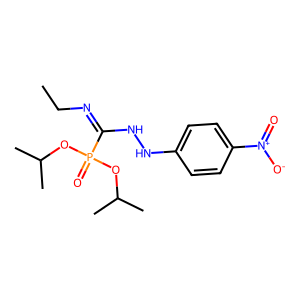
SMILES: CCN=C(NNc1ccc([N+](=O)[O-])cc1)P(=O)(OC(C)C)OC(C)C
Inhibits HIV replication: No